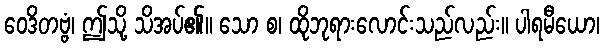
ဝေဒိတဗ္ဗံ၊ ဤသို့ သိအပ်၏။ သော စ၊ ထိုဘုရားလောင်းသည်လည်း။ ပါရမီယော၊